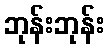
ဘုန်းဘုန်း